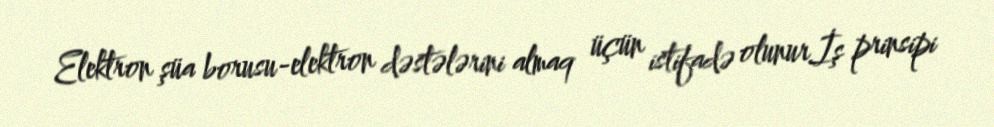
Elektron şüa borusu-elektron dəstələrini almaq üçün istifadə olunur.İş prinsipi